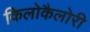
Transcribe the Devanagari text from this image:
किलोकैलोरी